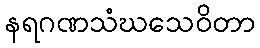
နရဂဏသံဃသေဝိတာ